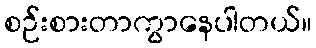
စဉ်းစားတာကွာနေပါတယ်။